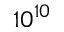
1 0 ^ { 1 0 }